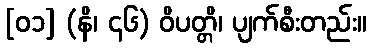
[၀၁] (နိ၊ ၄၆) ဝိပတ္တိ၊ ပျက်စီးတည်း။